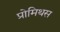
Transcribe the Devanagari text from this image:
प्रोमिथस